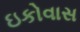
ઇકોવાસ